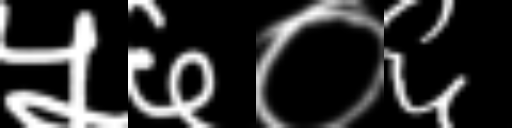
Text: ५६०६